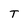
Character: T